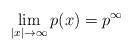
LaTeX: \begin{align*} \lim_{|x| \to \infty} p(x) = p^\infty\end{align*}